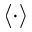
\langle \cdot \rangle